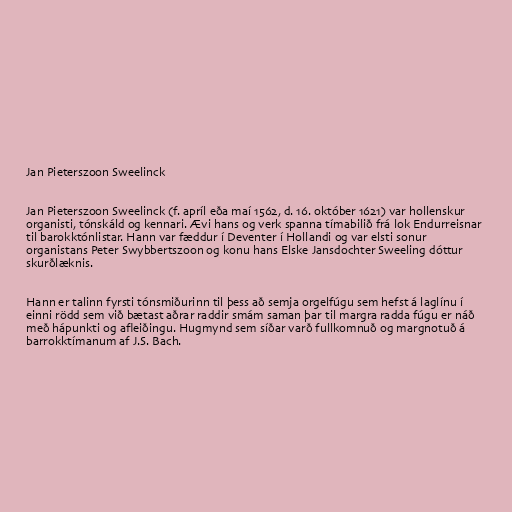
Jan Pieterszoon Sweelinck

Jan Pieterszoon Sweelinck (f. apríl eða maí 1562, d. 16. október 1621) var hollenskur
organisti, tónskáld og kennari. Ævi hans og verk spanna tímabilið frá lok Endurreisnar
til barokktónlistar. Hann var fæddur í Deventer í Hollandi og var elsti sonur
organistans Peter Swybbertszoon og konu hans Elske Jansdochter Sweeling dóttur
skurðlæknis.

Hann er talinn fyrsti tónsmiðurinn til þess að semja orgelfúgu sem hefst á laglínu í
einni rödd sem við bætast aðrar raddir smám saman þar til margra radda fúgu er náð
með hápunkti og afleiðingu. Hugmynd sem síðar varð fullkomnuð og margnotuð á
barrokktímanum af J.S. Bach.